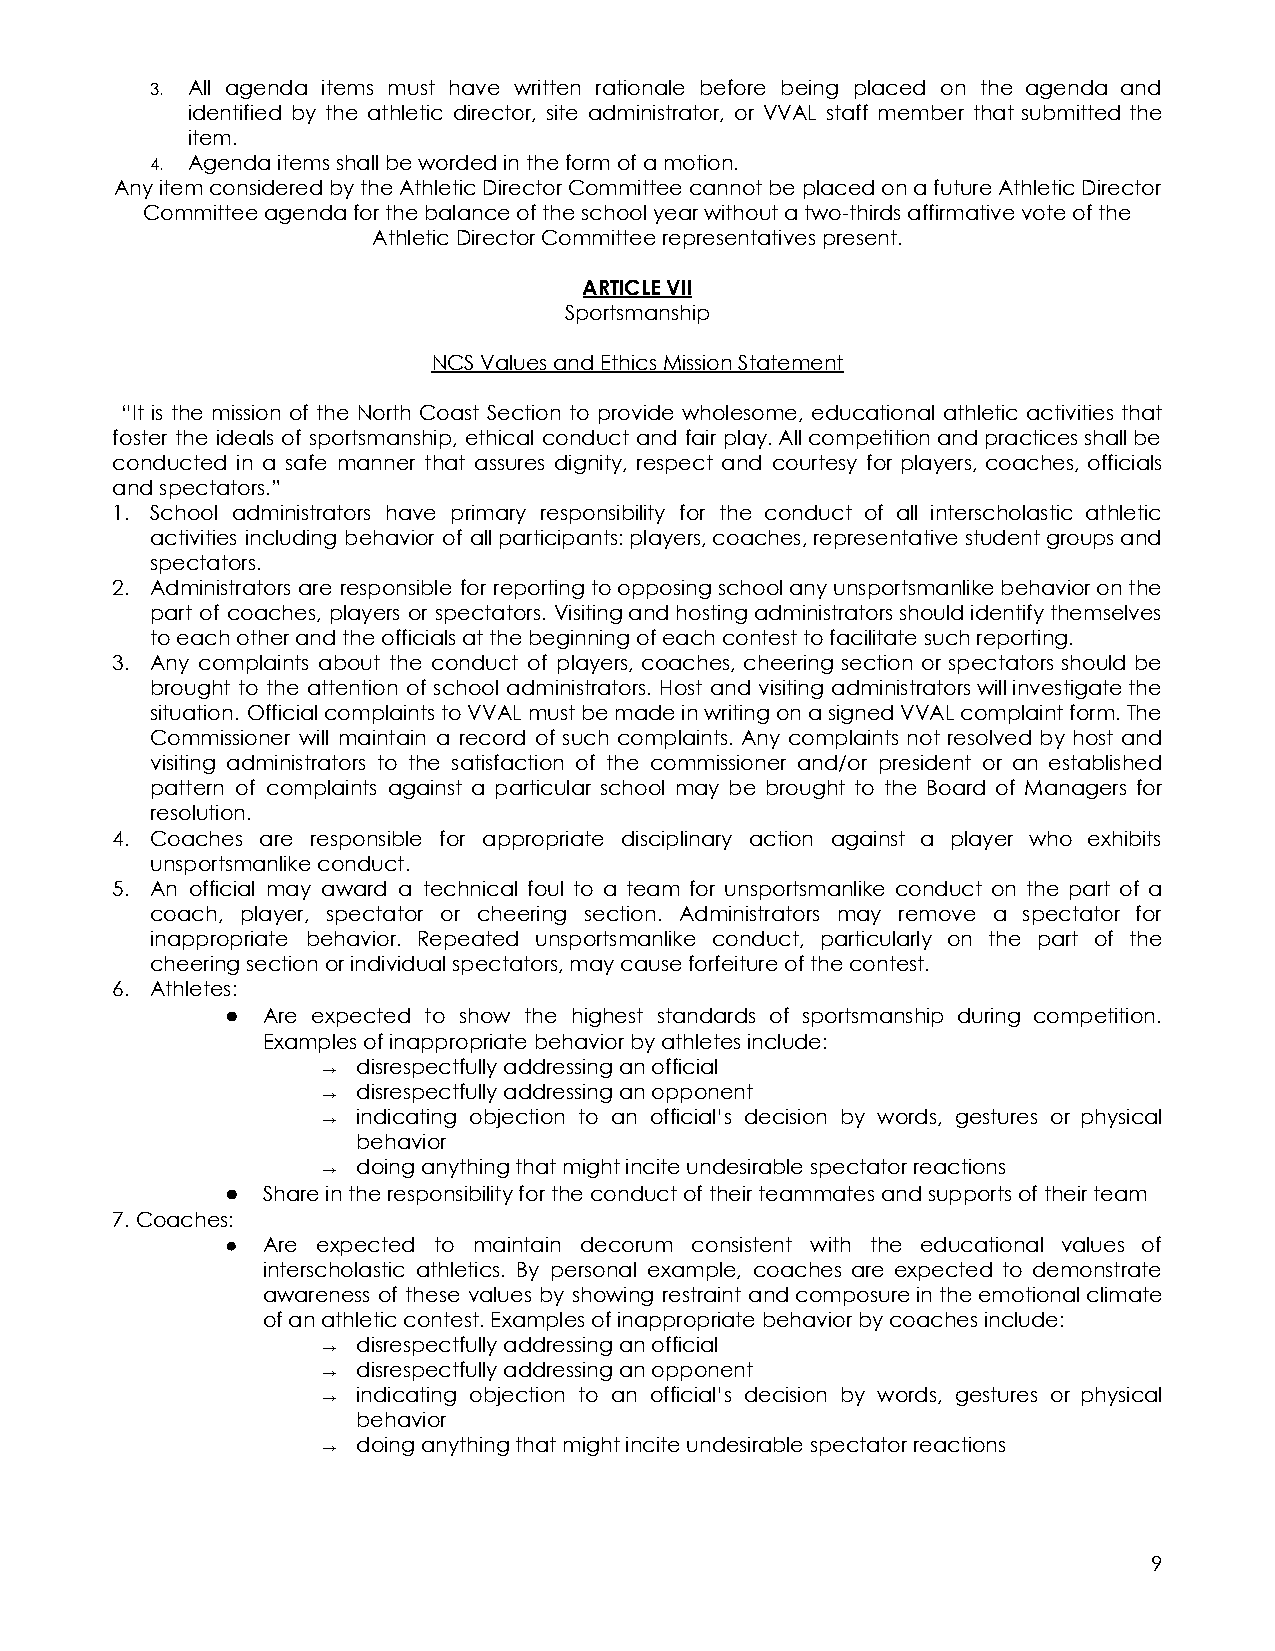
3. All agenda items must have written rationale before being placed on the agenda and
 identified by the athletic director, site administrator, or VVAL staff member that submitted the
 item.
 4. Agenda items shall be worded in the form of a motion.
 Any item considered by the Athletic Director Committee cannot be placed on a future Athletic Director
 Committee agenda for the balance of the school year without a two-thirds affirmative vote of the
 Athletic Director Committee representatives present.
 ARTICLE VII
 Sportsmanship
 NCS Values and Ethics Mission Statement
 “It is the mission of the North Coast Section to provide wholesome, educational athletic activities that
 foster the ideals of sportsmanship, ethical conduct and fair play.Allcompetitionandpracticesshallbe
 conducted in a safe manner that assures dignity, respect and courtesy for players, coaches, officials
 and spectators.”
 1. School administrators have primary responsibility for the conduct of all interscholastic athletic
 activities including behavior of allparticipants:players,coaches,representativestudentgroupsand
 spectators.
 2. Administrators are responsible for reportingtoopposingschoolanyunsportsmanlikebehavioronthe
 part of coaches, players or spectators. Visitingandhostingadministratorsshouldidentifythemselves
 to each other and the officials at the beginning of each contest to facilitate such reporting.
 3. Any complaints about the conduct of players, coaches, cheering section or spectators should be
 brought to the attention of school administrators. Host and visiting administratorswillinvestigatethe
 situation. OfficialcomplaintstoVVALmustbemadeinwritingonasignedVVALcomplaintform.The
 Commissioner will maintain a record of such complaints. Any complaints not resolved by host and
 visiting administrators to the satisfaction of the commissioner and/or president or an established
 pattern of complaints against a particular school may be brought to the Board of Managers for
 resolution.
 4. Coaches are responsible for appropriate disciplinary action against a player who exhibits
 unsportsmanlike conduct.
 5. An official may award a technical foul to a team for unsportsmanlike conduct on the part of a
 coach, player, spectator or cheering section. Administrators may remove a spectator for
 inappropriate behavior. Repeated unsportsmanlike conduct, particularly on the part of the
 cheering section or individual spectators, may cause forfeiture of the contest.
 6. Athletes:
 ● Are expected to show the highest standards of sportsmanship during competition.
 Examples of inappropriate behavior by athletes include:
 →  disrespectfully addressing an official
 →  disrespectfully addressing an opponent
 →  indicating objection to an official’s decision by words, gestures or physical
 behavior
 →  doing anything that might incite undesirable spectator reactions
 ● Share in the responsibility for the conduct of their teammates and supports of their team
 7. Coaches:
 ● Are expected to maintain decorum consistent with the educational values of
 interscholastic athletics. By personal example, coaches are expected to demonstrate
 awareness of these values by showing restraint andcomposureintheemotionalclimate
 of an athletic contest. Examples of inappropriate behavior by coaches include:
 →  disrespectfully addressing an official
 →  disrespectfully addressing an opponent
 →  indicating objection to an official’s decision by words, gestures or physical
 behavior
 →  doing anything that might incite undesirable spectator reactions
 9